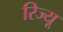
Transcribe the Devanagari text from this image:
रिज्यू